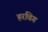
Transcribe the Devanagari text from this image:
हरविग